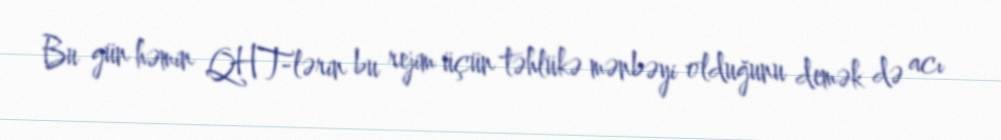
Bu gün həmin QHT-lərin bu rejim üçün təhlükə mənbəyi olduğunu demək də acı